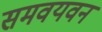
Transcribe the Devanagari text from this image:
समवयवन